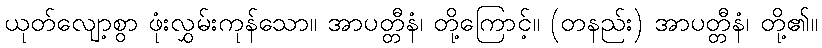
ယုတ်လျော့စွာ ဖုံးလွှမ်းကုန်သော။ အာပတ္တီနံ၊ တို့ကြောင့်။ (တနည်း) အာပတ္တီနံ၊ တို့၏။